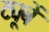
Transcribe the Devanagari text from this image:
ट्यूबें